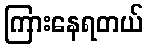
ကြားနေရတယ်